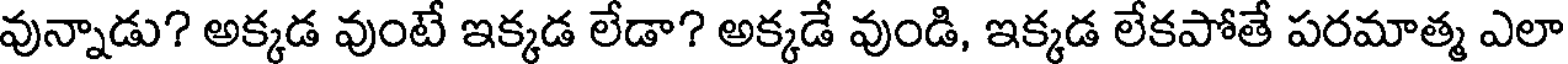
వున్నాడు? అక్కడ వుంటే ఇక్కడ లేడా? అక్కడే వుండి, ఇక్కడ లేకపోతే పరమాత్మ ఎలా